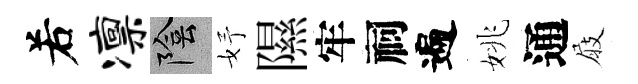
𠰥凛陰妤隰牢祠遍姚通屐